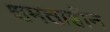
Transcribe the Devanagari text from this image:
क्षमताहीन